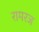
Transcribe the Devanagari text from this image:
रामरज